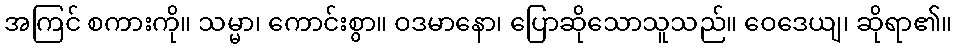
အကြင် စကားကို။ သမ္မာ၊ ကောင်းစွာ။ ဝဒမာနော၊ ပြောဆိုသောသူသည်။ ဝေဒေယျ၊ ဆိုရာ၏။